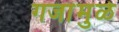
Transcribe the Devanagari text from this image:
गजांमुळे